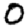
Digit: 0